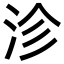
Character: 沴